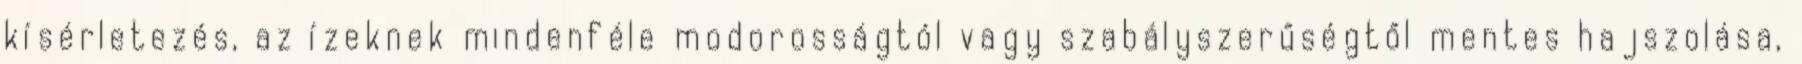
kísérletezés, az ízeknek mindenféle modorosságtól vagy szabályszerűségtől mentes hajszolása,